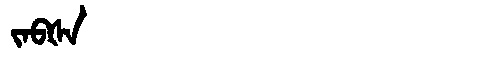
Manchu: ᠵᠠᠪᡧᠠ
Romanization: JABŠA